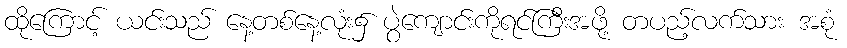
ထိုကြောင့် ယင်းသည် နေ့တစ်နေ့လုံး၌ ပွဲကျောင်းကိုရင်ကြီးအဖို့ တပည့်လက်သား အစုံ